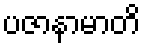
ပဇာနာမာတိ